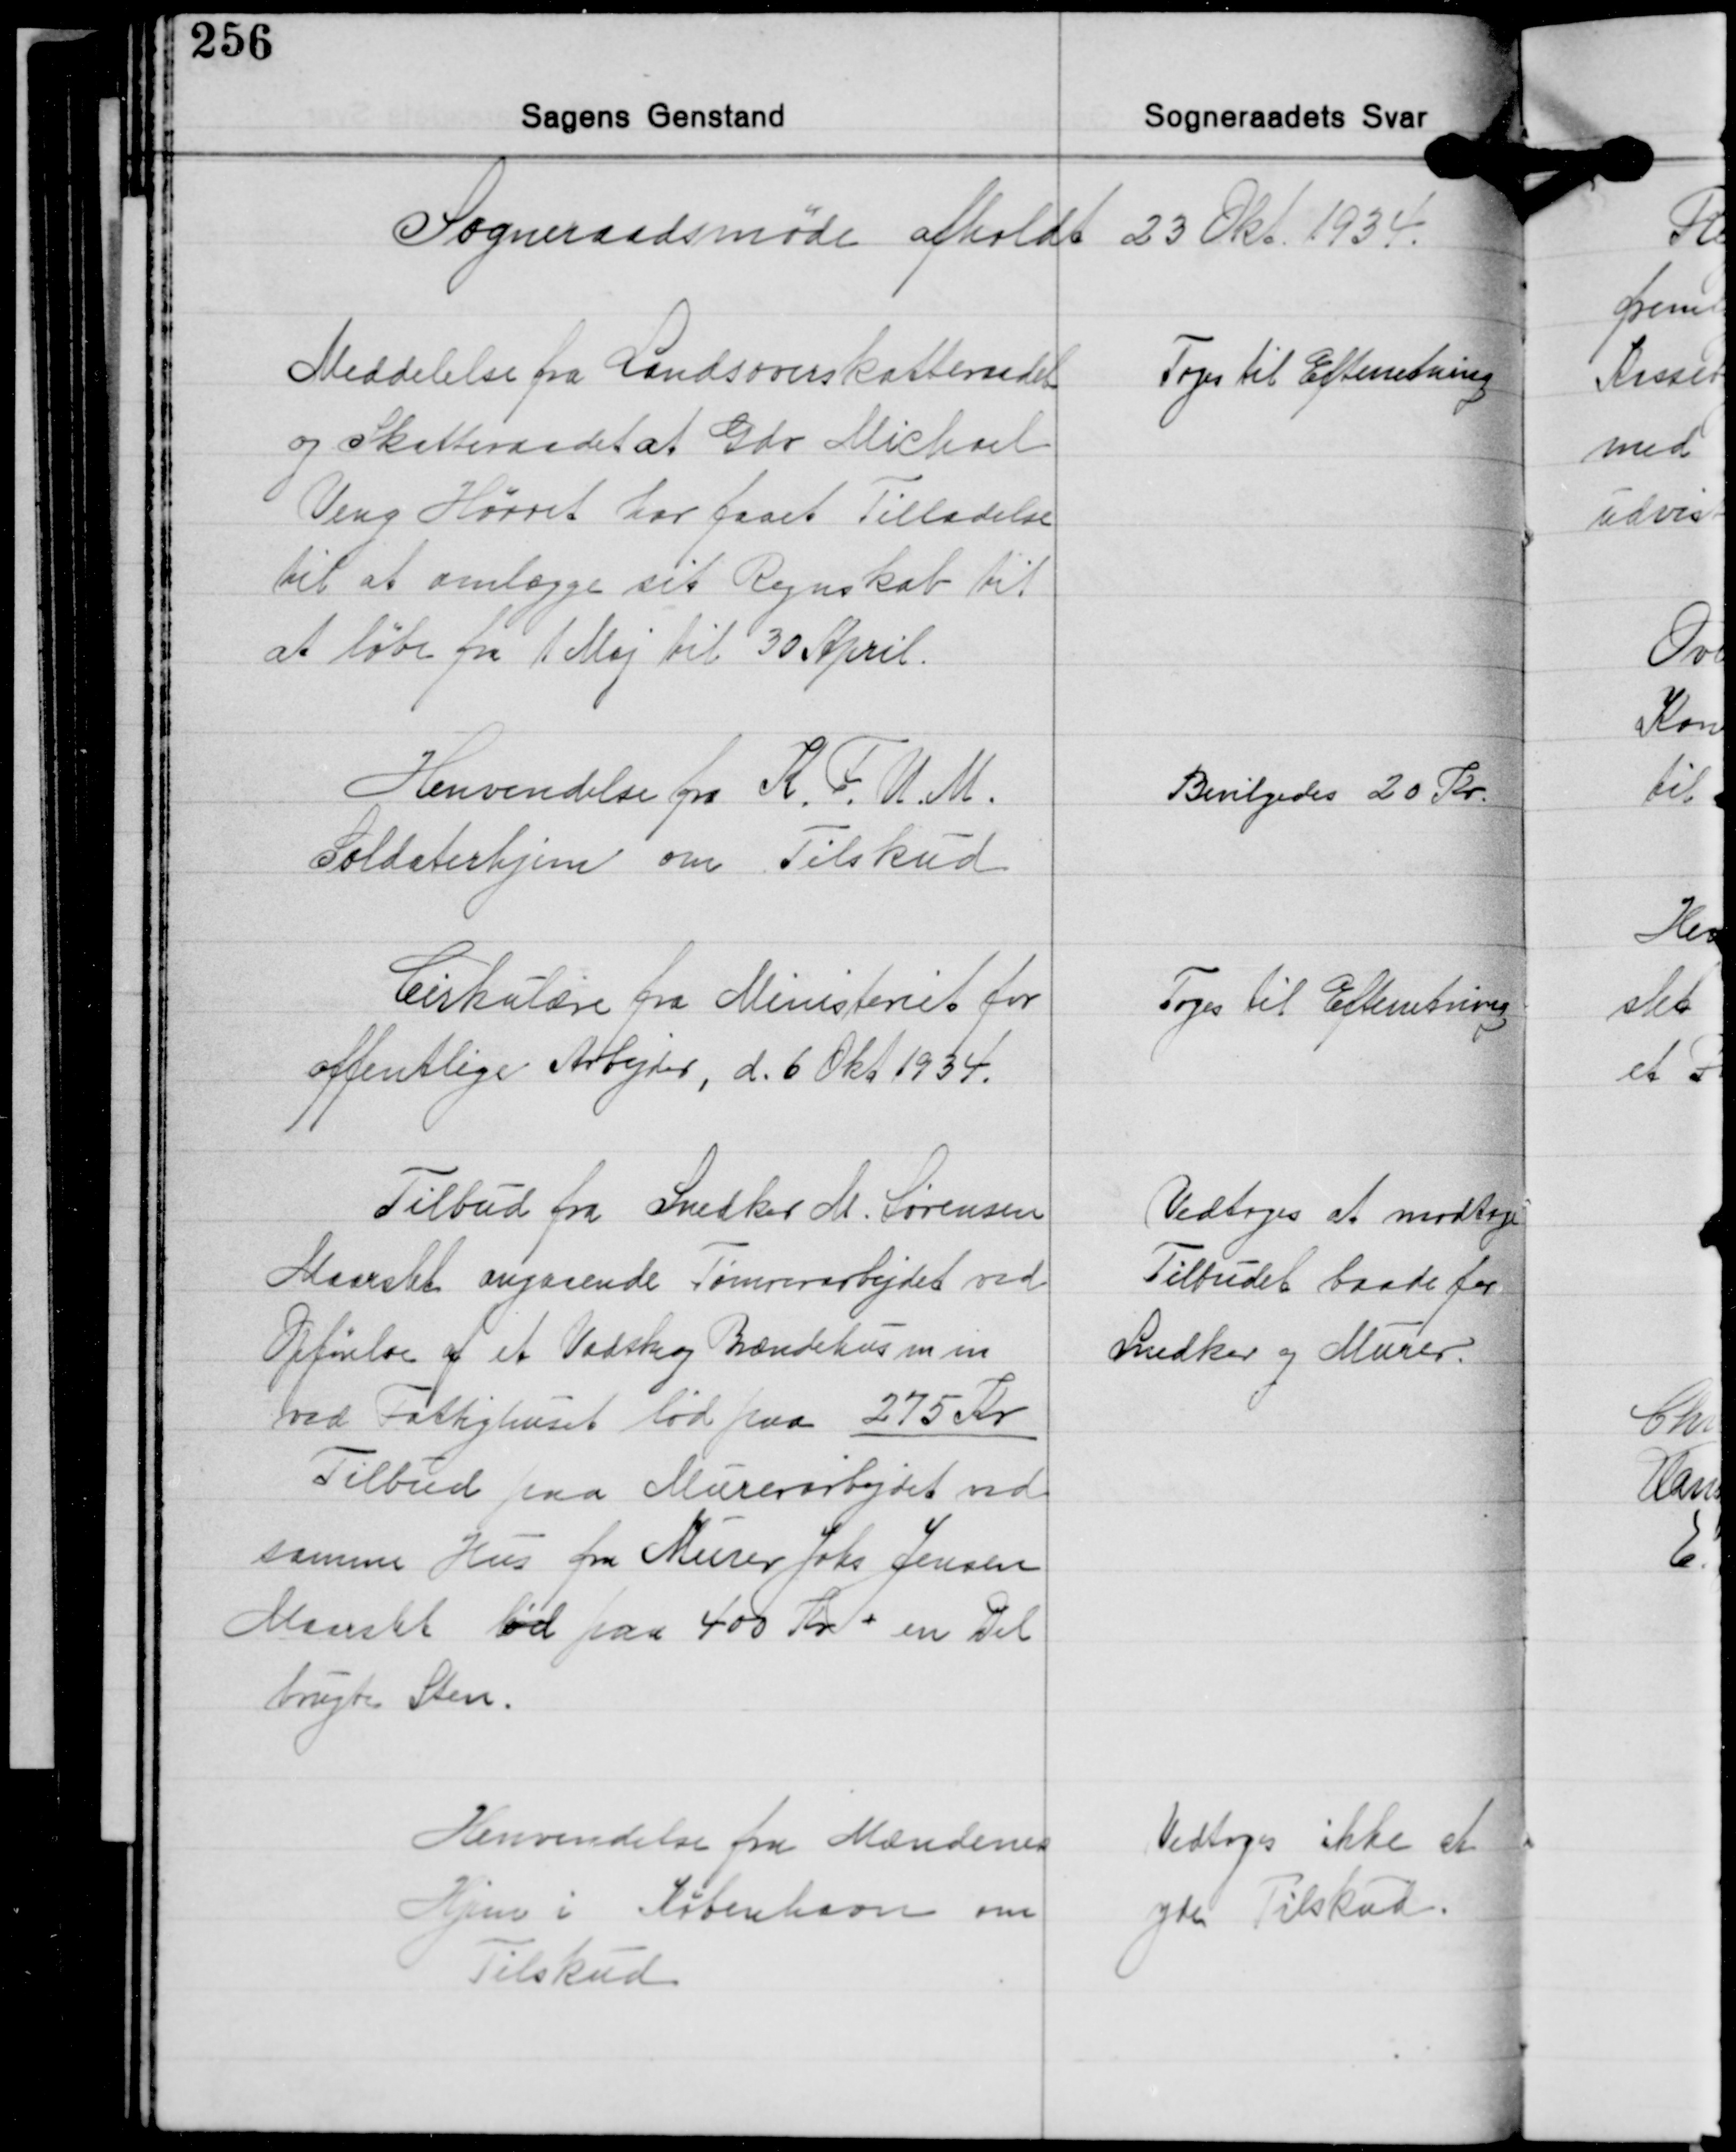
Transskription:
Sogneraadsmøde afholdt 23 Okt. 1934

Meddelelse fra Landsoverskatteraadet
og Skatteraadet at Gdr. Michael
Veng Hørret har faaet Tilladelse
til at omlægge sit Regnskab til
at løbe fra 1 Maj til 30 April.

Toges til Efterretning

Henvendelse fra K. F. U. M.
Soldaterhjem om Tilskud

Bevilgedes 20 Kr.

Cirkulære fra Ministeriet for
offentlige Arbejder, d. 6 Okt. 1934.

Toges til Efterretning

Tilbud fra Snedker M. Sørensen
Maarslet angaaende Tømrerarbejdet ved
Opførelse af et Vadske og Brændehus m. m.
ved Fattighuset lød paa 275 Kr.
Tilbud paa Murerarbejdet ved
samme Hus fra Murer Johs Jensen
Maarslet lød paa 400 Kr.+ en Del
brugte Sten.

Vedtoges at modtage
Tilbudet baade for
Snedker og Murer.

Henvendelse fra Mændenes
Hjem i København om
Tilskud

Vedtoges ikke at
yde Tilskud.